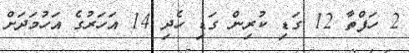
2 ހަފްތާ 12 ގަޑި ކުރިން ގަޑި ހެދި 14 އަހަރުގެ އަހުމަދަށް